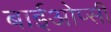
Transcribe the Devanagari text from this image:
बाईओप्सी